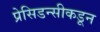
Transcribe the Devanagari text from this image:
प्रेसिडन्सीकडून